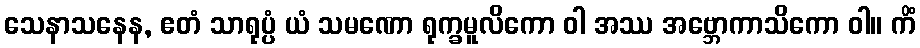
သေနာသနေန, ဧတံ သာရုပ္ပံ ယံ သမဏော ရုက္ခမူလိကော ဝါ အဿ အဗ္ဘောကာသိကော ဝါ။ ကိံ